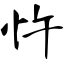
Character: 忤